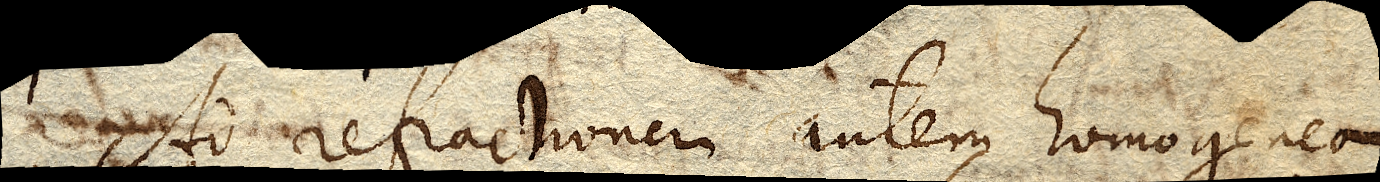
Ad refractionem autem homogeneam